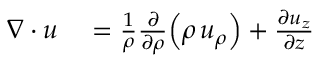
\begin{array} { r l } { \nabla \cdot { \boldsymbol { u } } } & { { } = { \frac { 1 } { \rho } } { \frac { \partial } { \partial \rho } } { \Bigl ( } \rho \, u _ { \rho } { \Bigr ) } + { \frac { \partial u _ { z } } { \partial z } } } \end{array}